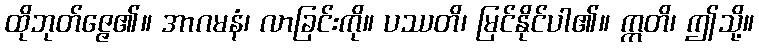
ထိုဘုတ်ဇ္ဇေ၏။ အာဂမနံ၊ လာခြင်းကို။ ပဿတိ၊ မြင်နိုင်ပါ၏။ ဣတိ၊ ဤသို့။